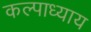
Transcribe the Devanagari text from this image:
कल्पाध्याय